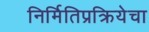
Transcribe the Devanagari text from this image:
निर्मितिप्रक्रियेचा